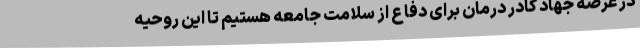
در عرصه جهاد کادر درمان برای دفاع از سلامت جامعه هستیم تا این روحیه